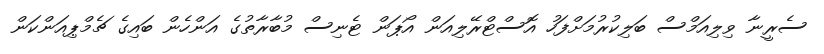
ސެރީނާ ވިލިއަމްސް ބަލިކުރުމަށްފަހު އޮސްޓްރޭލިއަން އޯޕަން ޓެނިސް މުބާރާތުގެ އަންހެން ބައިގެ ޗެމްޕިއަންކަން